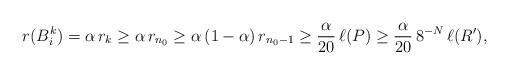
LaTeX: \begin{align*}r(B_i^k) = \alpha\,r_k\geq \alpha\,r_{n_0} \geq \alpha\,(1-\alpha)\,r_{n_0-1}\geq\frac\alpha{20}\,\ell(P)\geq \frac\alpha{20}\,8^{-N}\,\ell(R'),\end{align*}